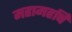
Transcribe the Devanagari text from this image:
महामहर्षि